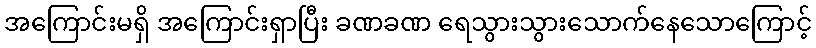
အကြောင်းမရှိ အကြောင်းရှာပြီး ခဏခဏ ရေသွားသွားသောက်နေသောကြောင့်